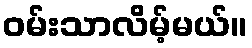
ဝမ်းသာလိမ့်မယ်။